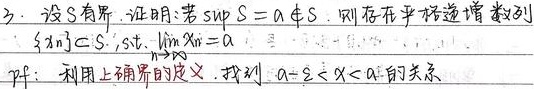
3. 设\(S\)有界，证明：若\(\sup S = a \notin S\)，则存在严格递增数列\(\{x_n\} \subseteq S\)，s.t. \(\lim_{n \to \infty} x_n = a\)。

Pf: 利用上确界的定义，找到 \(a - \varepsilon < x < a\) 的关系。